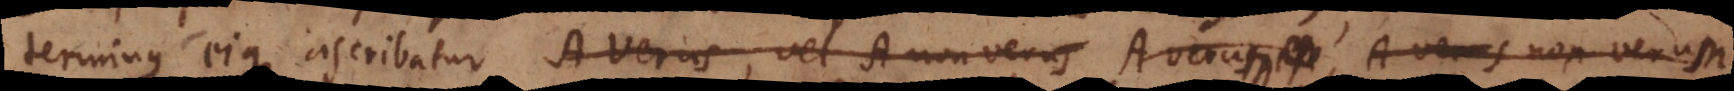
terminus eique ascribatur A verus, vel A non verus A verus verum es A verus